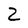
Character: 2